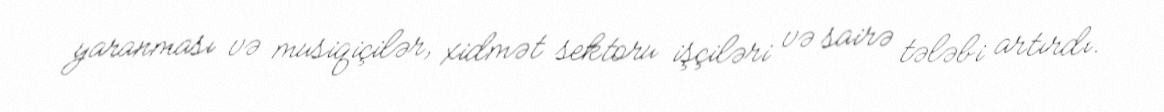
yaranması və musiqiçilər, xidmət sektoru işçiləri və sairə tələbi artırdı.